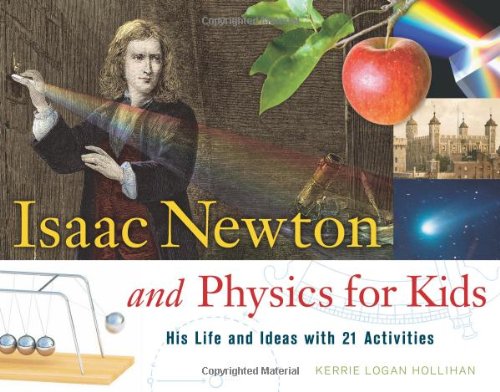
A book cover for Isaac Newton and Physics for Kids: His Life and Ideas with 21 Activities (For Kids series); Kerrie Logan Hollihan; Children's Books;